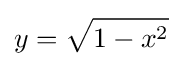
y={\sqrt {1-x^{2}}}